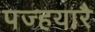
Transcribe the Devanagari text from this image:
पज्हयारै